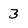
Character: 3